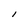
Character: l